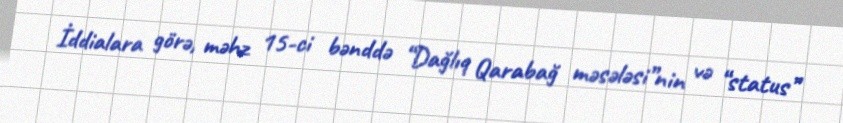
İddialara görə, məhz 15-ci bənddə “Dağlıq Qarabağ məsələsi”nin və “status”